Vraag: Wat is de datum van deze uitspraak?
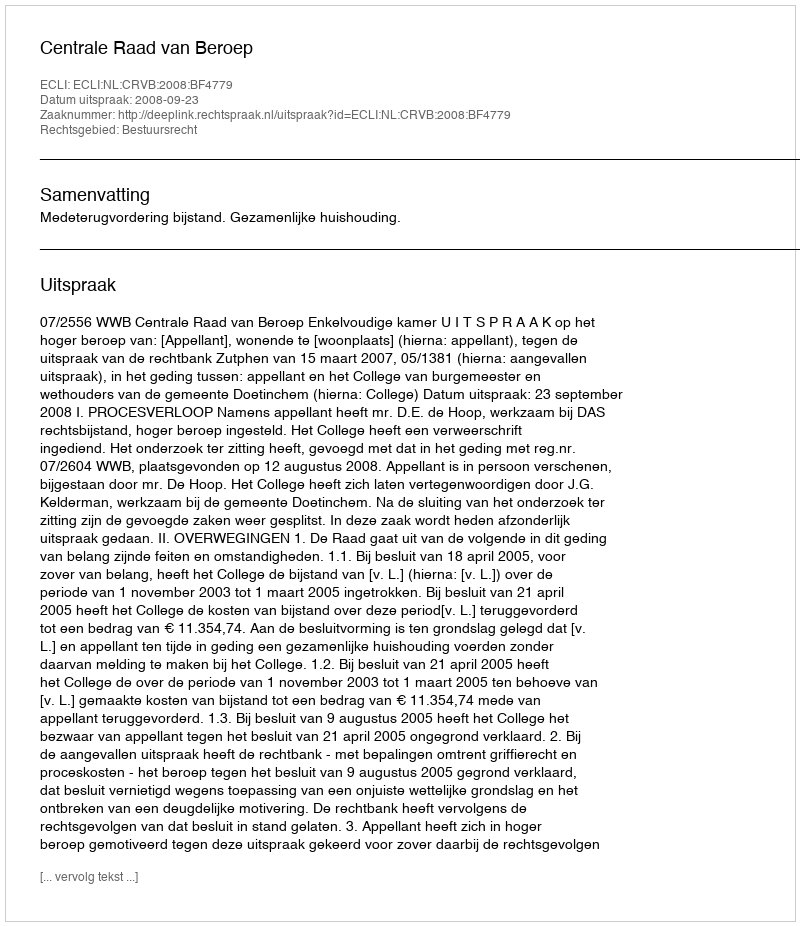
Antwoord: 2008-09-23